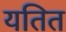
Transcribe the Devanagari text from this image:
यतित